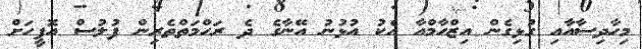
މިހާދިސާއާއި ގުޅިގެން އިޒްހާމްއާ އެކު އުޅުނު އޭނާގެ ދެ ރަހްމަތްތެރިން ފުލުސް އޮފީހަށް